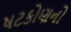
ષટકોણનો